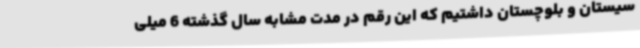
سیستان و بلوچستان داشتیم که این رقم در مدت مشابه سال گذشته 6 میلی